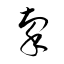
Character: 牽